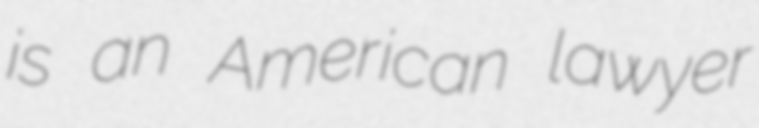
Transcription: is an American lawyer